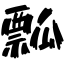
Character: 瓢